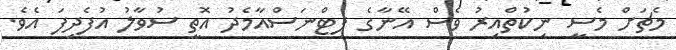
މެޗަށް މެސީ ނިކުތްއިރު ވެސް އޭނާގެ ފިޓްނަސްއާމެދު އޮތީ ސުވާލު އުފެދިފަ އެވެ.